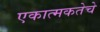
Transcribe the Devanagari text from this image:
एकात्मकतेचे